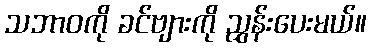
သဘာဝကို ခင်ဗျားကို ညွှန်းပေးမယ်။